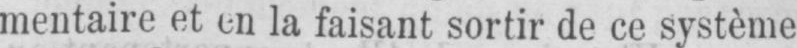
mentaire et en la faisant sortir de ce système